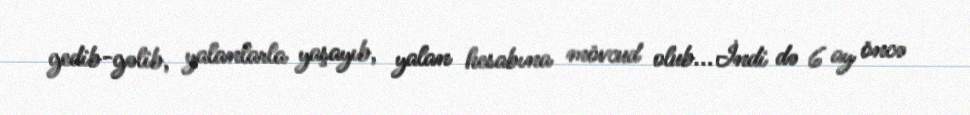
gedib-gəlib, yalanlarla yaşayıb, yalan hesabına mövcud olub...İndi də 6 ay öncə